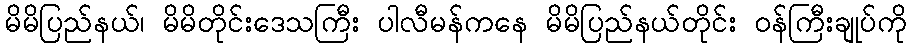
မိမိပြည်နယ်၊ မိမိတိုင်းဒေသကြီး ပါလီမန်ကနေ မိမိပြည်နယ်တိုင်း ဝန်ကြီးချုပ်ကို